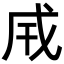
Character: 𢦡